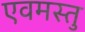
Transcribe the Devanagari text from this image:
एवमस्तु